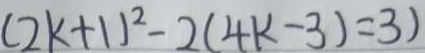
( 2 k + 1 ) ^ { 2 } - 2 ( 4 k - 3 ) = 3 )